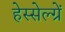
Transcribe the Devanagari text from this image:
हेस्सेल्ग्रें